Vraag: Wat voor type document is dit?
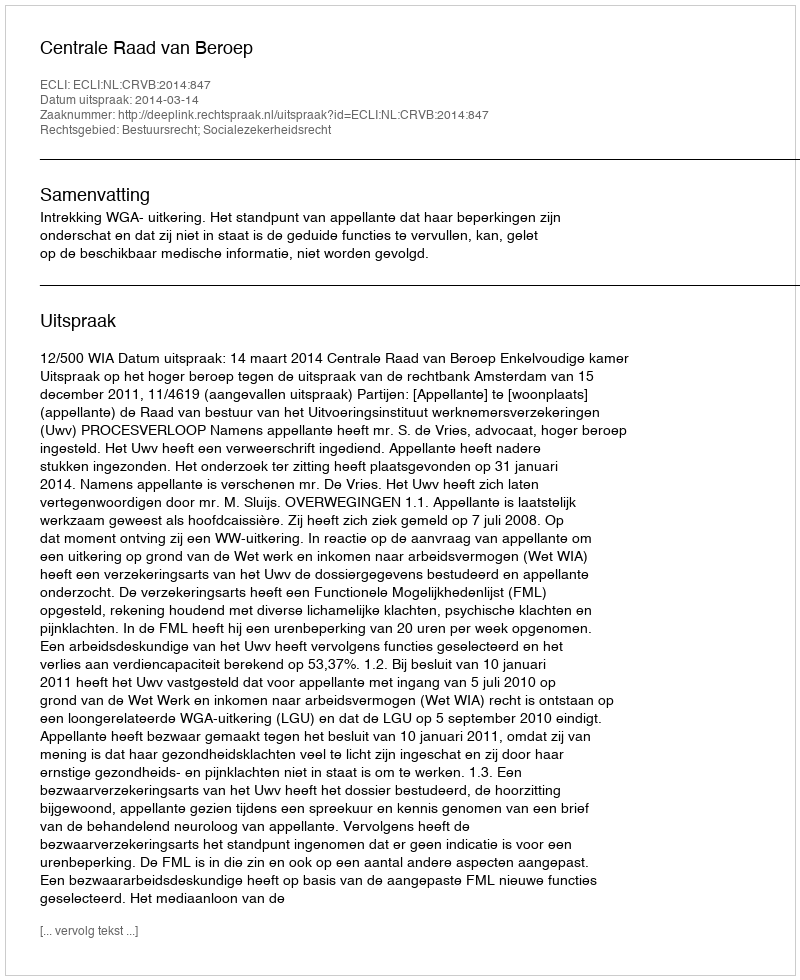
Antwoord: Uitspraak